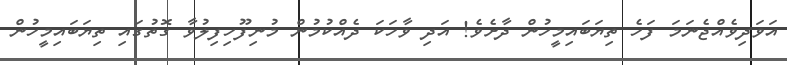
އަވަދިވެއްޖެނަމަަ ފަހެ ތިޔަބައިމީހުން ދާށެވެ! އަދި ވާހަކަ ދެއްކުމުން މުނިފޫހިފިލުވާ ގޮތުގައި ތިޔަބައިމީހުން